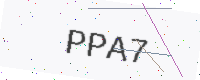
Text: PPA7